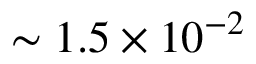
\sim 1 . 5 \times 1 0 ^ { - 2 }